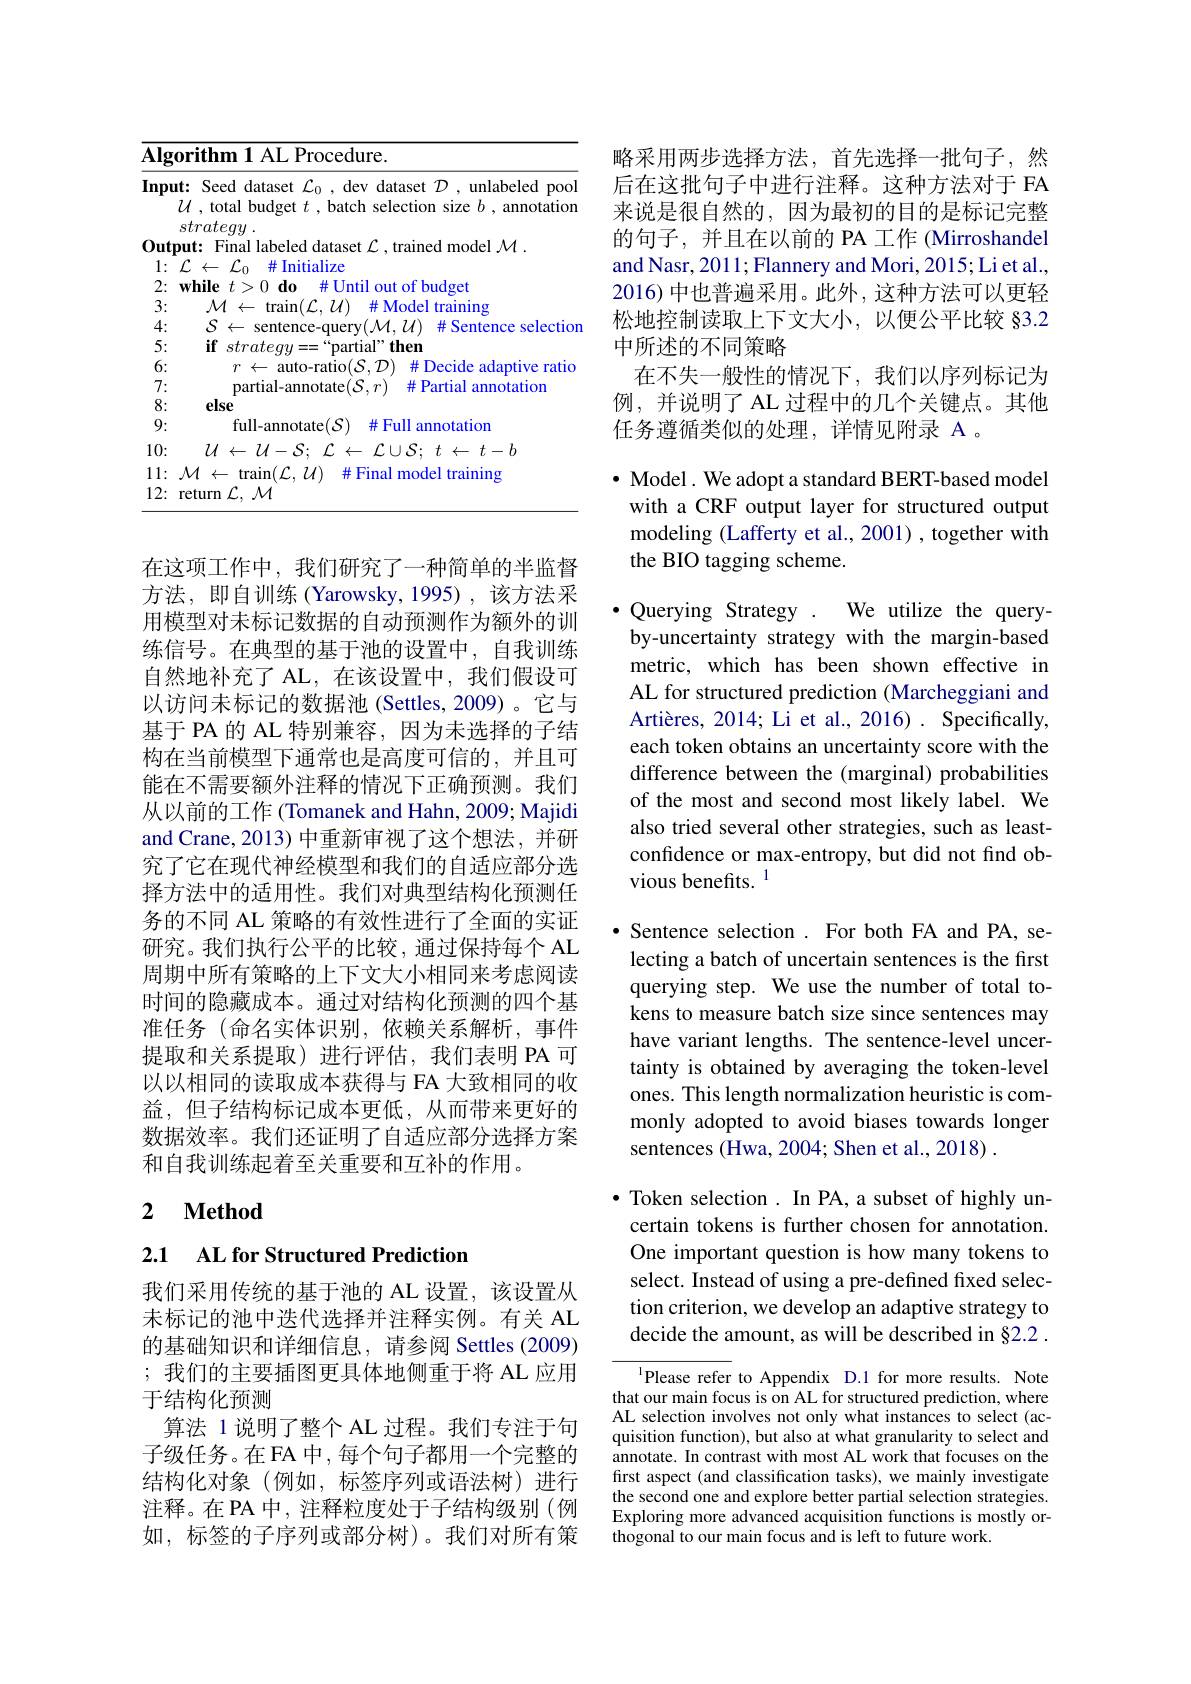
<table>
	<tbody>
		<tr>
			<td>$\overline{\mathbf{Alg}}$</td>
			<td>gorithm 1 AL Procedure.</td>
		</tr>
		<tr>
			<td>Inpr</td>
			<td>$\textbf{out: Seed dataset }\mathcal{L} _{0}$,dev dataset $\mathcal{D}$,unlabeled pool ${\mathcal{U}}$, total budget $t$ , batch selection size $b$, annotation</td>
		</tr>
		<tr>
			<td>$0ut$ 1 1 1</td>
			<td>tput: Final labeled dataset $\mathcal{L}$,trained model $\mathcal{M}.$</td>
		</tr>
		<tr>
			<td>$\angle L.$ 2</td>
			<td>00 十 190 1</td>
		</tr>
		<tr>
			<td>3:</td>
			<td>traun(L. $U$ 井 : Mon traınıng</td>
		</tr>
		<tr>
			<td>4:</td>
			<td>S $\iota(\mathcal{M},\mathcal{U})$ # Sentence selectior</td>
		</tr>
		<tr>
			<td>5:</td>
			<td>lem</td>
		</tr>
		<tr>
			<td>W</td>
			<td> </td>
		</tr>
		<tr>
			<td>W 一</td>
			<td> </td>
		</tr>
		<tr>
			<td>$f$ K</td>
			<td> </td>
		</tr>
		<tr>
			<td>W 0</td>
			<td>井 F</td>
		</tr>
		<tr>
			<td>1</td>
			<td> </td>
		</tr>
		<tr>
			<td>11: 12:</td>
			<td>$\mathcal{M}\leftarrow$train$(\mathcal{L},\mathcal{U})$ # Final model training return $\mathcal{L},\mathcal{M}$</td>
		</tr>
	</tbody>
</table>

在这项工作中，我们研究了一种简单的半监督方法，即自训练(Yarowsky,1995),该方法采用模型对未标记数据的自动预测作为额外的训练信号。在典型的基于池的设置中，自我训练自然地补充了 AL,在该设置中，我们假设可以访问未标记的数据池(Settles,2009)。它与基于 PA 的 AL 特别兼容，因为未选择的子结构在当前模型下通常也是高度可信的，并且可能在不需要额外注释的情况下正确预测。我们从以前的工作 (Tomanek and Hahn, 2009; Majidi and Crane, 2013) 中重新审视了这个想法，并研究了它在现代神经模型和我们的自适应部分选择方法中的适用性。我们对典型结构化预测任务的不同 AL 策略的有效性进行了全面的实证研究。我们执行公平的比较，通过保持每个 AL 周期中所有策略的上下文大小相同来考虑阅读时间的隐藏成本。通过对结构化预测的四个基准任务 (命名实体识别，依赖关系解析，事件提取和关系提取)进行评估，我们表明 PA 可以以相同的读取成本获得与 FA 大致相同的收益，但子结构标记成本更低，从而带来更好的数据效率。我们还证明了自适应部分选择方案和自我训练起着至关重要和互补的作用。

## 2 $\textbf{Method}$

2.1 AL for Structured Prediction

我们采用传统的基于池的 AL 设置，该设置从未标记的池中迭代选择并注释实例。有关 AL 的基础知识和详细信息，请参阅 Settles (2009) ;我们的主要插图更具体地侧重于将 AL 应用于结构化预测
算法 1 说明了整个 AL 过程。我们专注于句子级任务。在FA 中，每个句子都用一个完整的结构化对象(例如，标签序列或语法树)进行注释。在 PA 中，注释粒度处于子结构级别(例如，标签的子序列或部分树)。我们对所有策

略采用两步选择方法，首先选择一批句子，然后在这批句子中进行注释。这种方法对于 FA 来说是很自然的，因为最初的目的是标记完整的句子，并且在以前的 PA 工作 (Mirroshandel and Nasr, 2011; Flannery and Mori, 2015; Li et al. 2016) 中也普遍采用。此外 , 这种方法可以更轻松地控制读取上下文大小，以便公平比较 §3.2中所述的不同策略
在不失一般性的情况下，我们以序列标记为例，并说明了 AL 过程中的几个关键点。其他任务遵循类似的处理，详情见附录 A 。

$\bullet$ Model. We adopt a standard BERT-based model with a CRF output layer for structured output modeling (Lafferty et al., 2001) , together with the BIO tagging scheme.

Querying Strategy . We utilize the queryby-uncertainty strategy with the margin-based metric, which has been shown effective in AL for structured prediction (Marcheggiani and Artières, 2014; Li et al., 2016) . Specifically, each token obtains an uncertainty score with the difference between the (marginal) probabilities of the most and second most likely label. We also tried several other strategies, such as leastconfidence or max-entropy, but did not find obvious benefits. 1

·Sentence selection . For both FA and PA, selecting a batch of uncertain sentences is the first querying step. We use the number of total tokens to measure batch size since sentences may have variant lengths. The sentence-level uncertainty is obtained by averaging the token-level ones. This length normalization heuristic is commonly adopted to avoid biases towards longer sentences (Hwa, 2004; Shen et al., 2018) .

$\bullet$ Token selection. In PA, a subset of highly uncertain tokens is further chosen for annotation. One important question is how many tokens to select. Instead of using a pre-defined fixed selection criterion, we develop an adaptive strategy to decide the amount, as will be described in §2.2 .

$^{\mathrm{l}}$Please refer to Appendix D.1 for more results. Note that our main focus is on AL for structured prediction, where AL selection involves not only what instances to select (acquisition function), but also at what granularity to select and annotate. In contrast with most AL work that focuses on the first aspect (and classification tasks), we mainly investigate the second one and explore better partial selection strategies. Exploring more advanced acquisition functions is mostly orthogonal to our main focus and is left to future work.